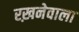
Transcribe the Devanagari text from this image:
रख़नेवाला